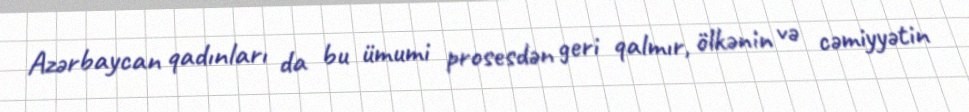
Azərbaycan qadınları da bu ümumi prosesdən geri qalmır, ölkənin və cəmiyyətin